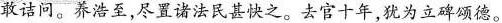
敢诘问。养浩至，尽置诸法民甚快之。去官十年，犹为立碑颂德。